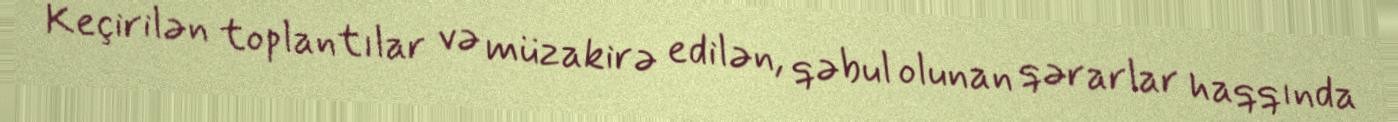
Keçirilən toplantılar və müzakirə edilən, qəbul olunan qərarlar haqqında